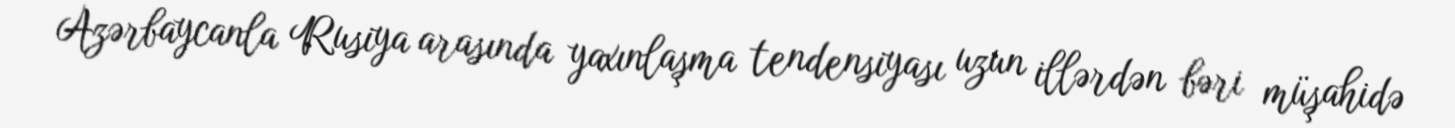
Azərbaycanla Rusiya arasında yaxınlaşma tendensiyası uzun illərdən bəri müşahidə